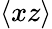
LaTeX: \langle xz\rangle